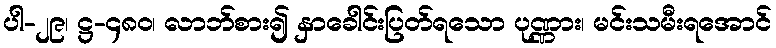
ပါ-၂၉၊ ဋ္ဌ-၄၈၀၊ လာဘ်စား၍ နှာခေါင်းပြတ်ရသော ပုဏ္ဏား၊ မင်းသမီးရအောင်